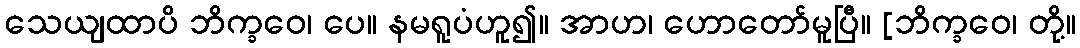
သေယျထာပိ ဘိက္ခဝေ၊ ပေ။ နမရူပံဟူ၍။ အာဟ၊ ဟောတော်မူပြီ။ [ဘိက္ခဝေ၊ တို့။